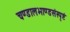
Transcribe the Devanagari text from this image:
चण्डालभाण्डसंस्पृष्टं